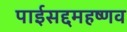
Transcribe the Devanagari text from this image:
पाईसद्दमहष्णव